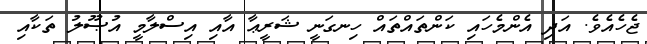
ޖެހެއެވެ. އަދި އެންމެހައި ކަންތައްތައް ހިނގަނީ ޝަރީޢާ އާއި އިސްލާމީ އުޞޫލު ތަކާއި